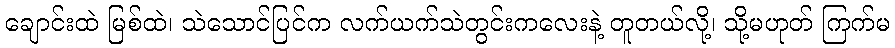
ချောင်းထဲ မြစ်ထဲ၊ သဲသောင်ပြင်က လက်ယက်သဲတွင်းကလေးနဲ့ တူတယ်လို့၊ သို့မဟုတ် ကြက်မ